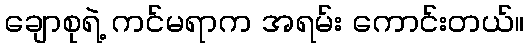
ချောစုရဲ့ ကင်မရာက အရမ်း ကောင်းတယ်။